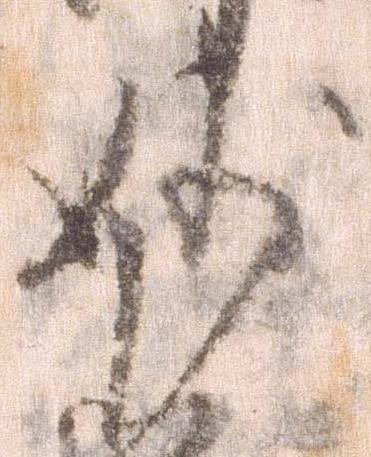
妙